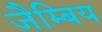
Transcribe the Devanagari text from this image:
जैम्बिय